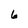
Character: 6